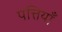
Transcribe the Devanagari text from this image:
पत्तियॉँ